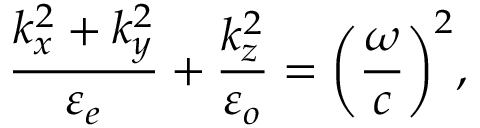
\frac { k _ { x } ^ { 2 } + k _ { y } ^ { 2 } } { \varepsilon _ { e } } + \frac { k _ { z } ^ { 2 } } { \varepsilon _ { o } } = \bigg ( \frac { \omega } { c } \bigg ) ^ { 2 } ,